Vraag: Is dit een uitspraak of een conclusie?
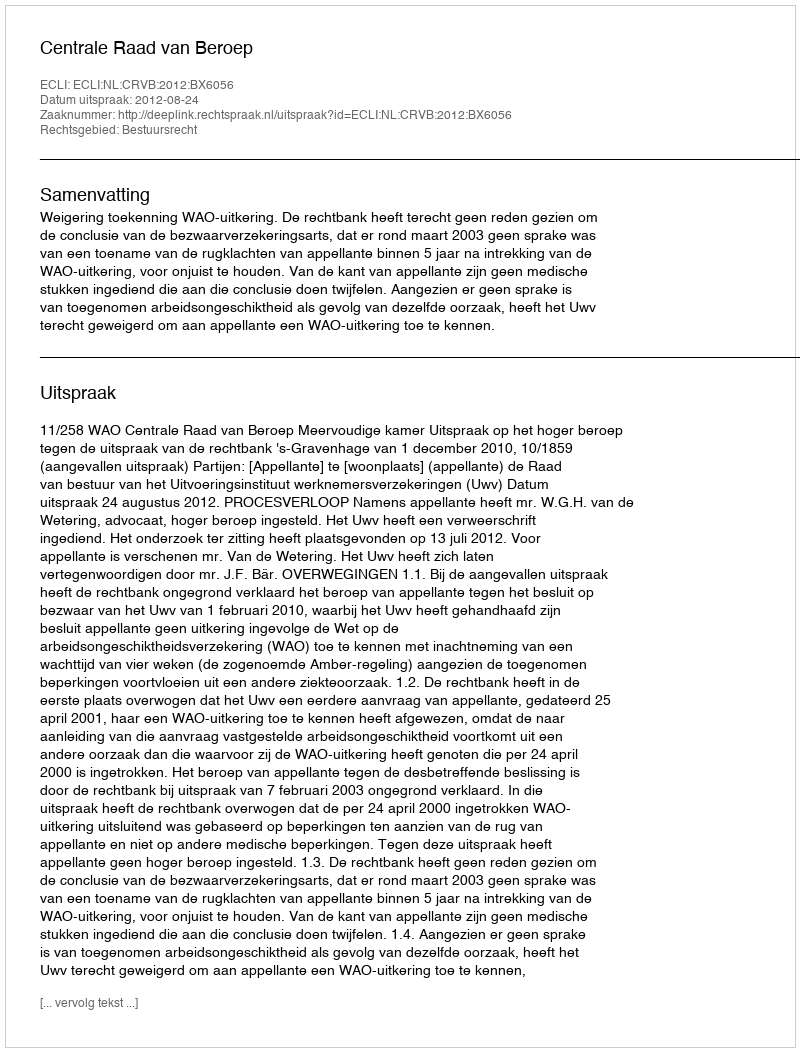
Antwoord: Uitspraak